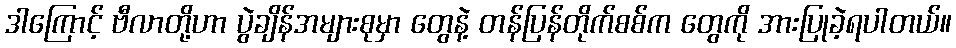
ဒါကြောင့် ဗီလာတို့ဟာ ပွဲချိန်အများစုမှာ တွေနဲ့ တန်ပြန်တိုက်စစ်က တွေကို အားပြုခဲ့ရပါတယ်။